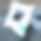
ব